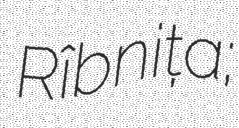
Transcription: Rîbnița;